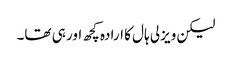
لیکن ویزلی ہال کا ارادہ کچھ اور ہی تھا۔